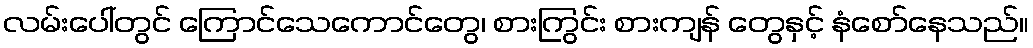
လမ်းပေါ်တွင် ကြောင်သေကောင်တွေ၊ စားကြွင်း စားကျန် တွေနှင့် နံစော်နေသည်။